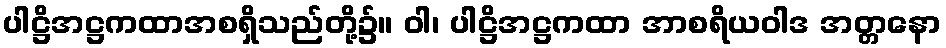
ပါဋ္ဌိအဋ္ဌကထာအစရှိသည်တို့၌။ ဝါ၊ ပါဋ္ဌိအဋ္ဌကထာ အာစရိယဝါဒ အတ္တနော